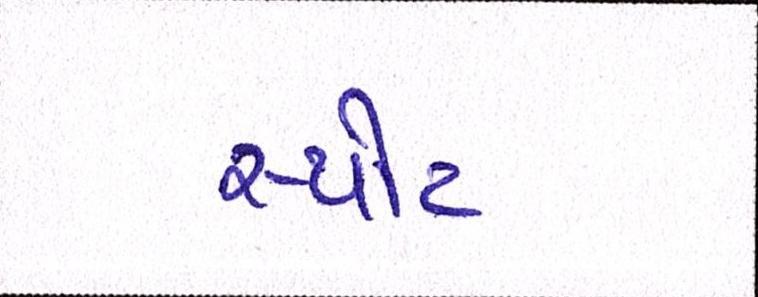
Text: સ્પોટ